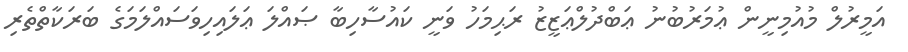
އަމީރުލް މުއުމިނީން ޢުމަރުބުނު ޢަބްދުލްޢަޒީޒު ރަޙިމަހު ވަނީ ކައުސާހިބާ ޞައްލަ ޢަލައިހިވަސައްލަމަގެ ބަރަކާތްތެރި